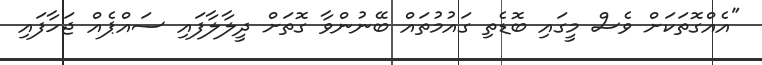
"އެއްގޮތަކަށް ވެސް މީގައި ބޮޑެތި ގައުމުތައް ބޭނުންވާ ގޮތަށް ދީލާލާފައި ސައްޕެއް ޖަހާފައި